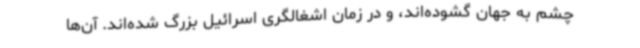
چشم به جهان گشوده‌اند، و در زمان اشغالگری اسرائیل بزرگ شده‌اند. آن‌ها